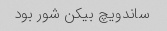
ساندویچ بیکن شور بود